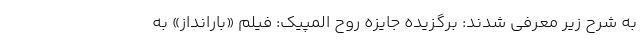
به شرح زیر معرفی شدند: برگزیده جایزه روح المپیک: فیلم «بارانداز» به